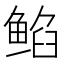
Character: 𱇻